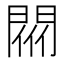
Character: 𨴟